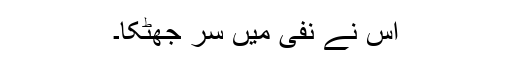
اس نے نفی میں سر جھٹکا۔